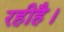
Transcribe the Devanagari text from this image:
रहीहै।